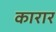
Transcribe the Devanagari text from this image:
कारार